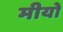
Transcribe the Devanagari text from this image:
मीयो